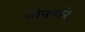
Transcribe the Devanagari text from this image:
सोफ्त्वरे